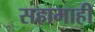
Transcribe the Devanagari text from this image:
सहामाही